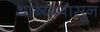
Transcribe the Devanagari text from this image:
थांब्यापासून